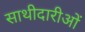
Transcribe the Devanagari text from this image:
साथीदारीओं